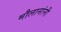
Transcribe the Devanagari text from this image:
मौलानांनी